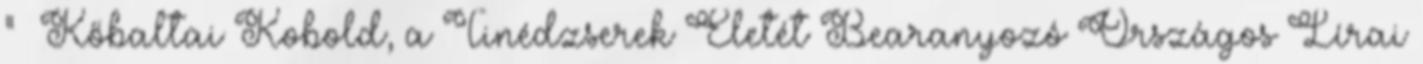
” Kőbaltai Kobold, a Tinédzserek Életét Bearanyozó Országos Lírai